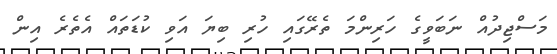
މަސްޖިދުއް ނަބަވީގެ ހަރިންމަ ތެރޭގައި ހުރި ބިޔަ އަވި ކުޑަތައް އެތެރެ އިން